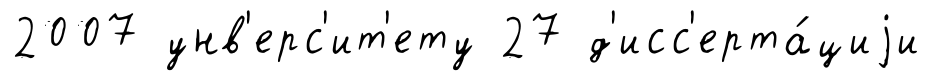
2007 унв'ерс'ит'ету 27 д'исс'ерта́циjи